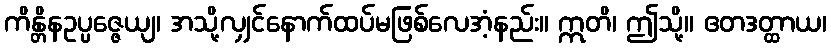
ကိန္တိနဥပ္ပဇ္ဇေယျ၊ အသို့လျှင်နောက်ထပ်မဖြစ်လေအံ့နည်း။ ဣတိ၊ ဤသို့။ ဧတဒတ္ထာယ၊